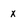
Character: x